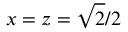
x = z = \sqrt { 2 } / 2